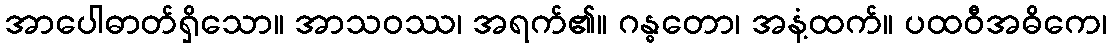
အာပေါဓာတ်ရှိသော။ အာသဝဿ၊ အရက်၏။ ဂန္ဓတော၊ အနံ့ထက်။ ပထဝီအဓိကေ၊